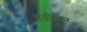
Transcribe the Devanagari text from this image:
मन्नडियार